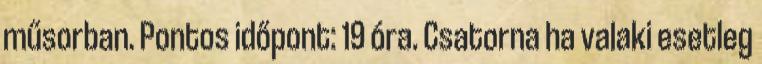
műsorban. Pontos időpont: 19 óra. Csatorna ha valaki esetleg